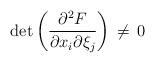
LaTeX: \begin{align*}\det\left({\partial\sp2 F\over \partial x_i\partial \xi_j}\right)\,\ne\,0\end{align*}